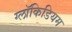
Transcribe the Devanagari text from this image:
ग्लॉकिडियम